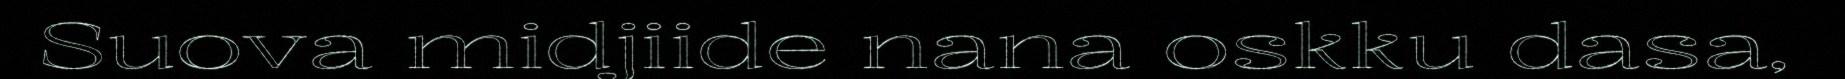
Suova midjiide nana oskku dasa,